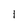
Character: 1